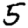
Digit: 5